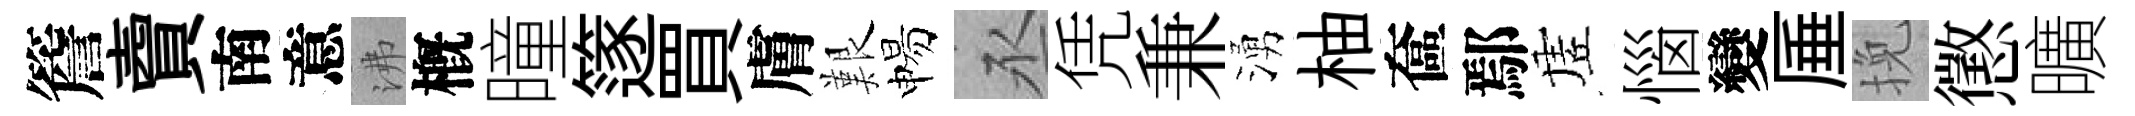
簷𧶠南意沸槪曈篴買膚艱惕丞凭兼湧柚奩鄢虗惱變厜挽懲曠